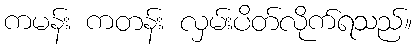
ကမန်း ကတန်း လှမ်းပိတ်လိုက်ရသည်။